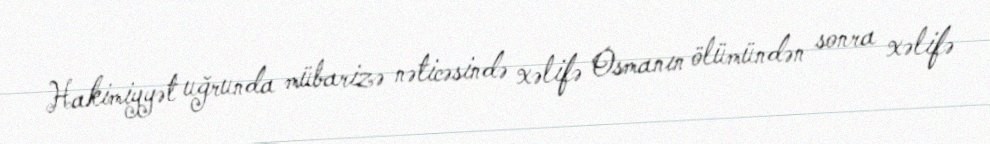
Hakimiyyət uğrunda mübarizə nəticəsində xəlifə Osmanın ölümündən sonra xəlifə